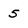
Character: 5